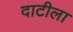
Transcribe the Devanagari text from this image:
दाटीला